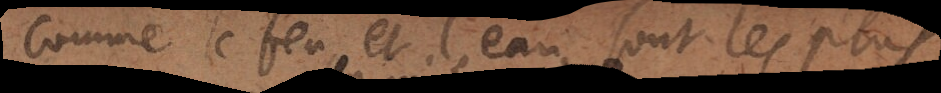
comme le feu et l’eau sont les plus